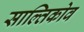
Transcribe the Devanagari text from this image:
साल्तिकोव